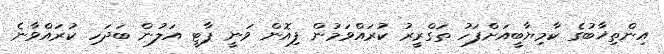
އިންތިޚާބުގެ ކާމިޔާބީއަށްފަހު ތަގްރީރު ކުރައްވަމުން ފިއޮން ވަނީ ޕާޓީ އަލުން ބަދަހި ކުރައްވާނެ